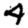
Digit: 4